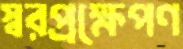
স্বরপ্রক্ষেপণ